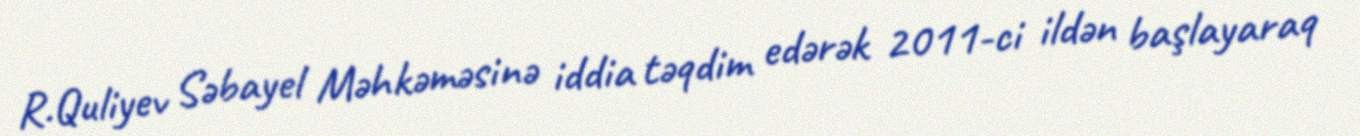
R.Quliyev Səbayel Məhkəməsinə iddia təqdim edərək 2011-ci ildən başlayaraq